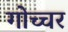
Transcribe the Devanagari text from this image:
गोच्चर